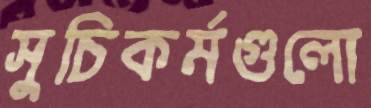
সুচিকর্মগুলো